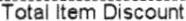
TOTAL ITEM DISCOUNT